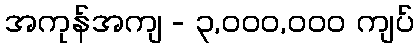
အကုန်အကျ - ၃,၀၀၀,၀၀၀ ကျပ်